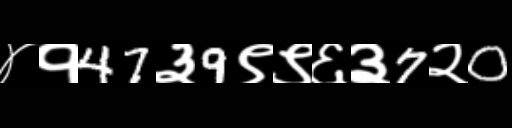
Text: ४१47३9९९६३7२0